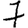
Digit: 7